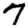
Digit: 7